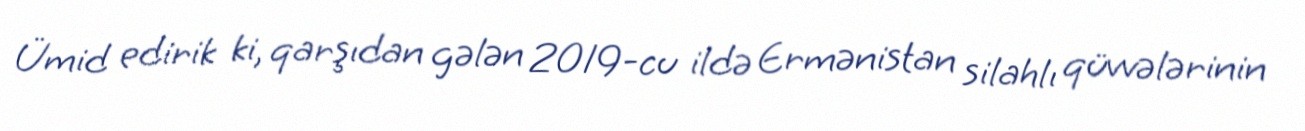
Ümid edirik ki, qarşıdan gələn 2019-cu ildə Ermənistan silahlı qüvvələrinin